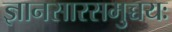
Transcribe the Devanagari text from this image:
ज्ञानसारसमुच्चयः